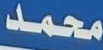
محمد